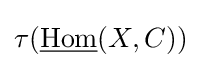
\tau ({\underline {\operatorname {Hom} }}(X,C))